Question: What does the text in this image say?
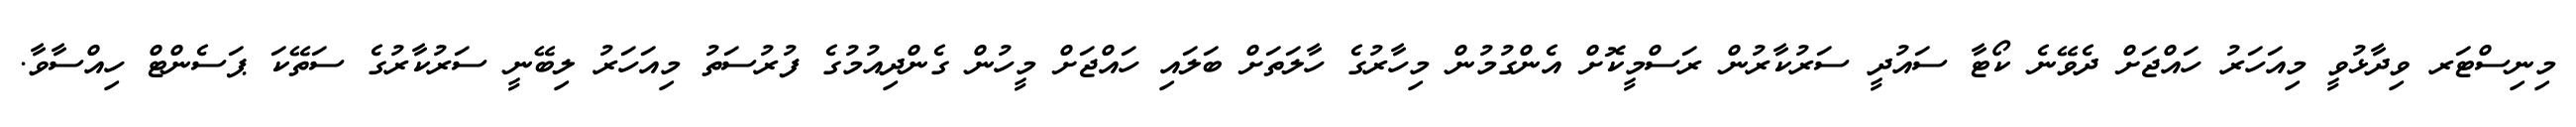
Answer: މިނިސްޓަރ ވިދާޅުވީ މިއަހަރު ހައްޖަށް ދެވޭނެ ކޯޓާ ސައުދީ ސަރުކާރުން ރަސްމީކޮށް އެންގުމުން މިހާރުގެ ހާލަތަށް ބަލައި ހައްޖަށް މީހުން ގެންދިއުމުގެ ފުރުސަތު މިއަހަރު ލިބޭނީ ސަރުކާރުގެ ސަތޭކަ ޕަސެންޓް ހިއްސާވާ.